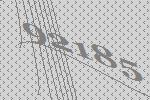
92185